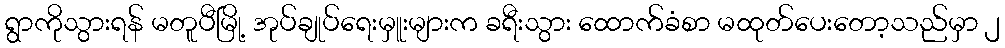
ရွာကိုသွားရန် မတူပီမြို့ အုပ်ချုပ်ရေးမှူးများက ခရီးသွား ထောက်ခံစာ မထုတ်ပေးတော့သည်မှာ ၂